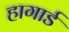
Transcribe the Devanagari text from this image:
हागार्ड